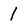
Character: 1